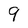
Character: 9